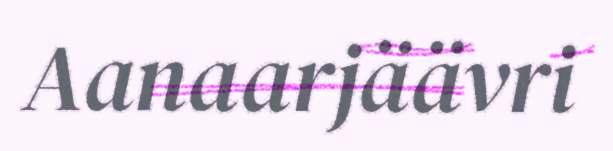
Aanaarjäävri